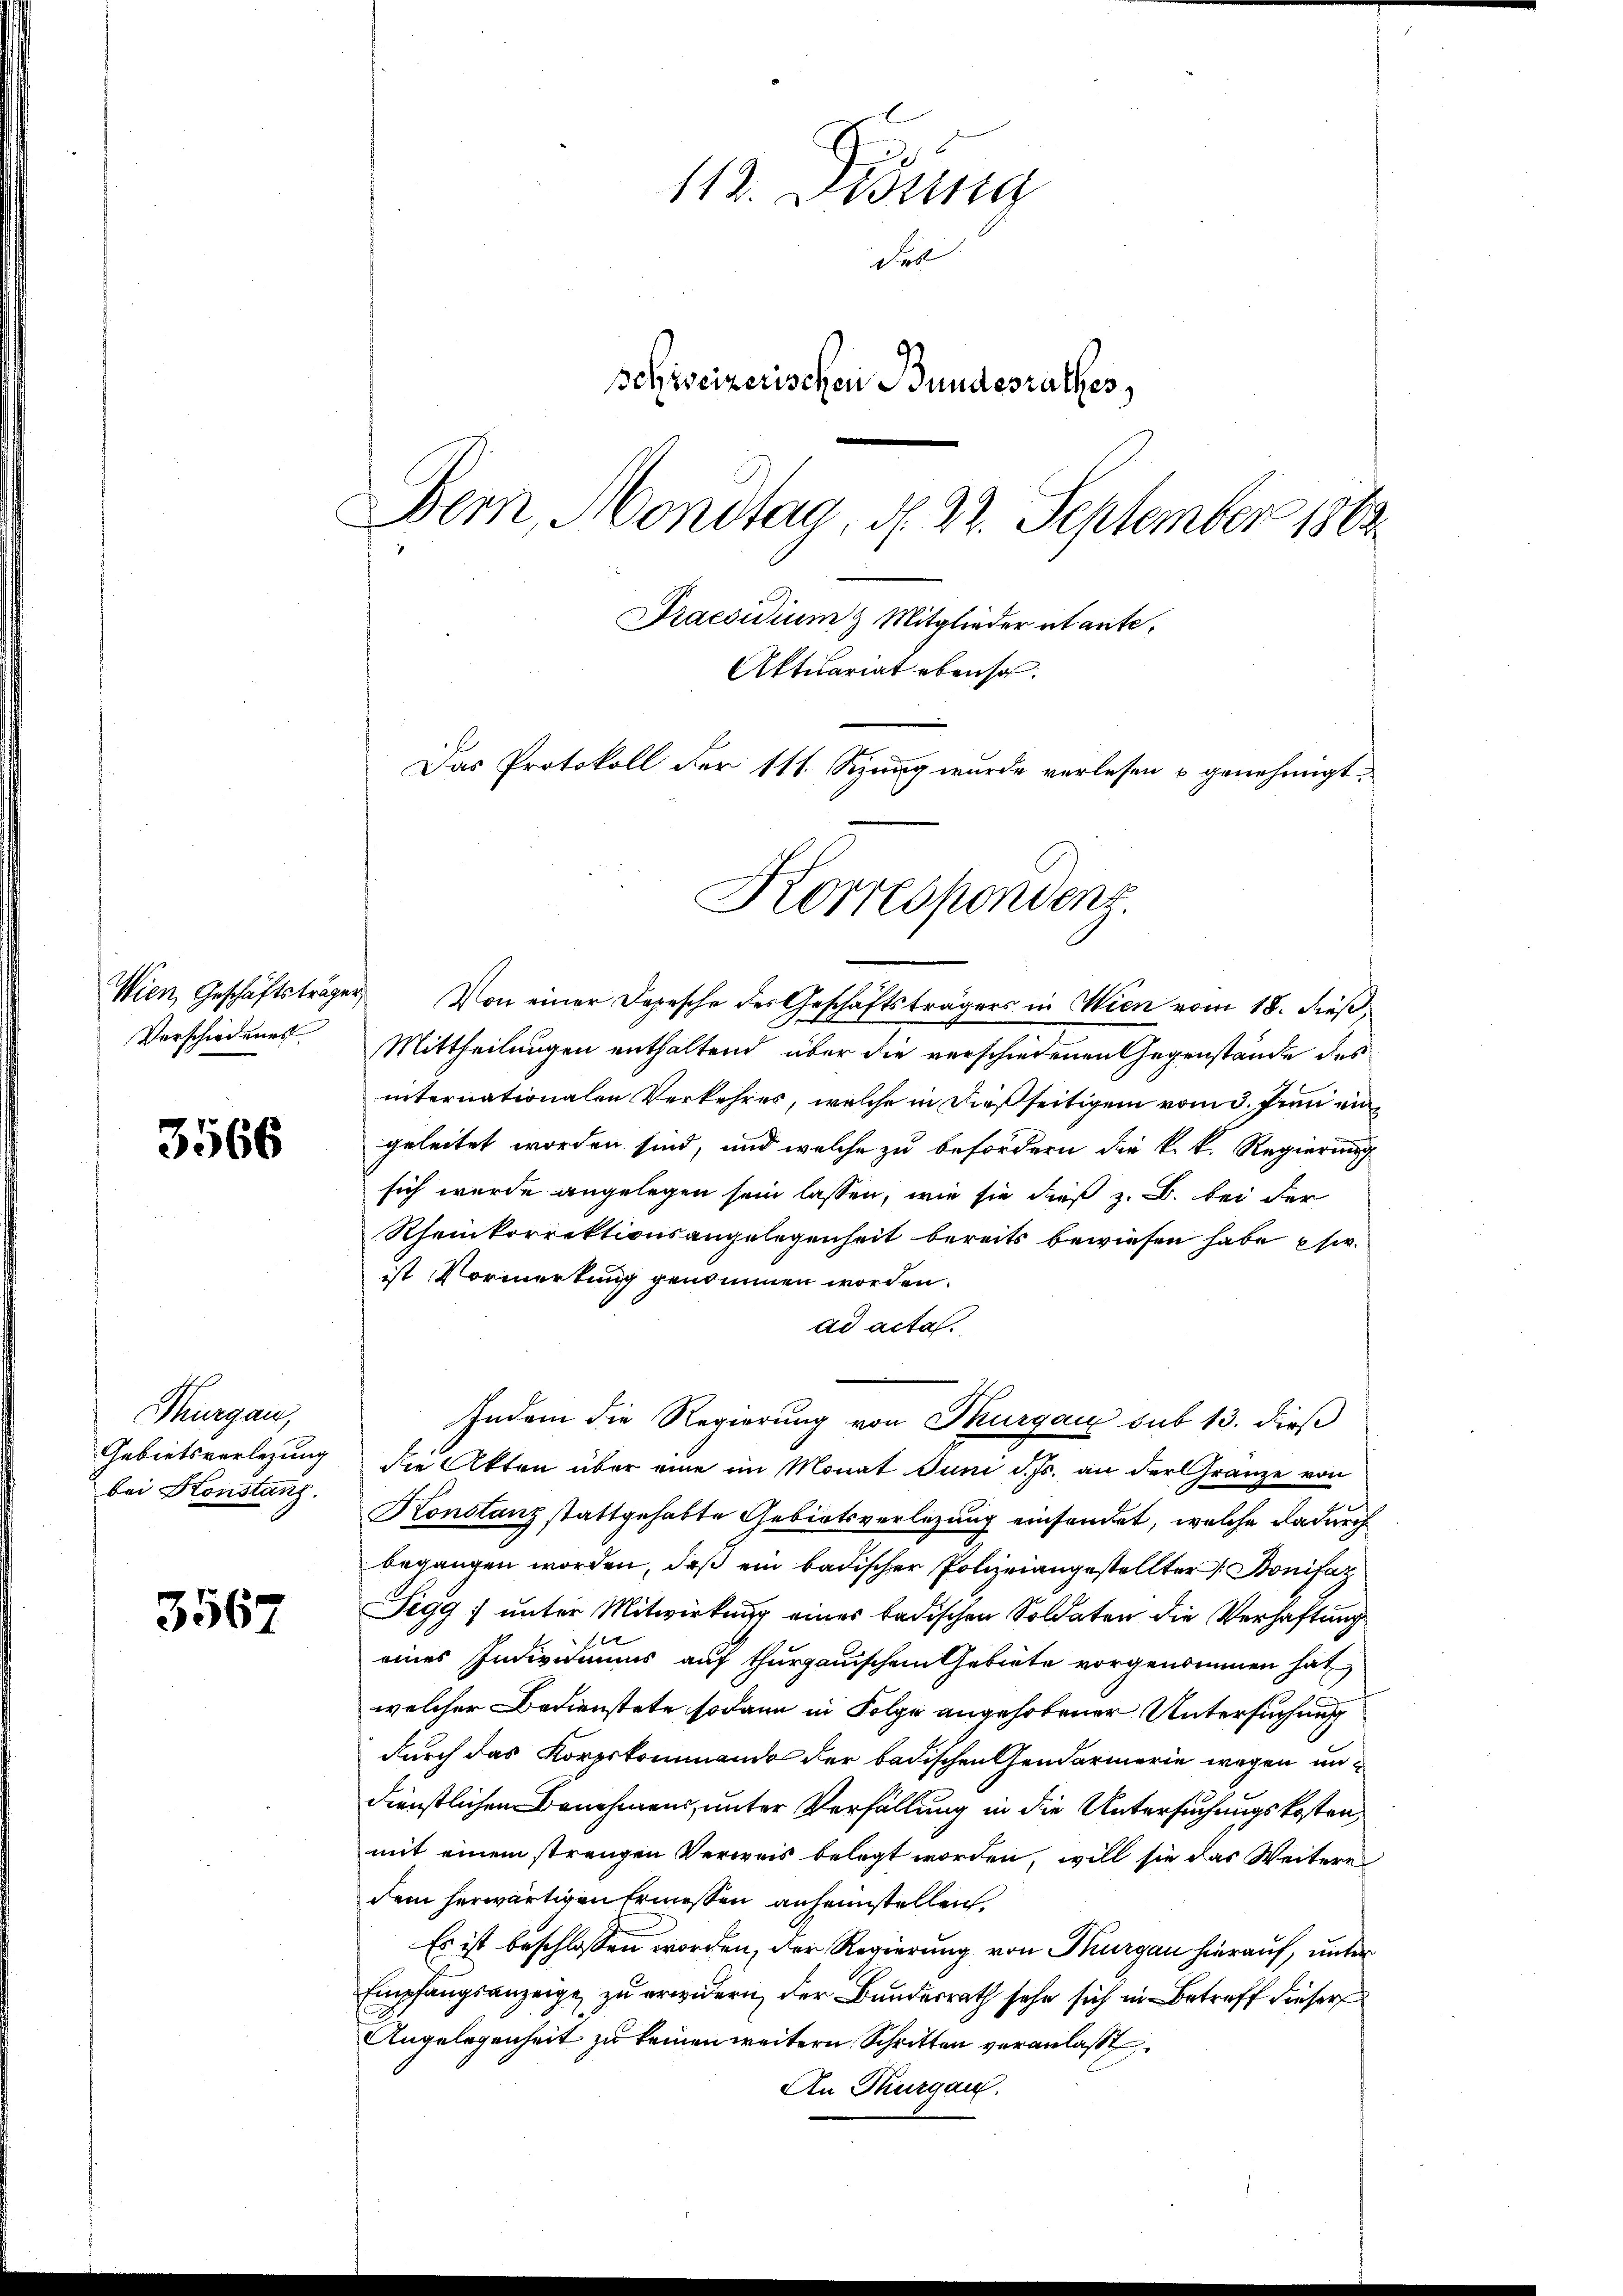
Verschiedenes

3566

Thurgau,
Gebietsverlegung
bei Konstanz.

3567

112. Didung
Fes
schweizerischen Bundesrathes
Dem Mondtag, d. 23. September 1863.
Praesidium & Mitglieder itante¬
Aktuariat ebenso.
Das Protokoll der 111. Sezung wurde verlesen u genehmigt.

Korrespondenz

Wien, Geschäftsträger Von einer Depesche des Geschäftsträgers in Wien vom 18. dieß,
Mittheilungen enthaltend über die verschiedenen Gegenstände des
internationalen Verkehres, welche in dießseitigem vom 3. Juni eingeleitet worden sind, und welche zu befördern die k. k. Regierung
sich wurde angelegen sein lassen, wie sie dieß z. B. bei der
Rheinkorrektionsangelegenheit bereits bewiesen habe si
ist Vormerkung genommen worden.
ad acta.
die Akten über eine im Monat Juni d. Js. an der Gränze von
Konstanz stattgehabte Gebietsverlegung einsendet, welche dadurch
begangen worden, daß ein badischer Polizeiangestellter Bonifaz
Tigg; unter Mitwirkung eines badischen Soldaten die Verhaftung
eines Indivimus auf thurgauischem Gebiete vorgenommen hat
welcher Bedienstete sodann in Folge angehobener Untersuchung
durch das Korpskommando der badischen Gendarmerie wegen undienstlichen Benehmens, unter Verfüllung in die Untersuchungskosten,
mit einem strengen Verweis belegt worden, will sie das Weitere
dem herwärtigen Ermessen anheimstellen,
Es ist beschlossen worden, der Regierung von Thurgau hierauf, unter
Empfangsanzeige, zu erwidern, der Bundesrath sehe sich in Betreff dieser
Angelegenheit zu keinen weitern Schritten veranlaßt,
An Thurgau.

Indem die Regierung von Thurgau sub 13. dieß